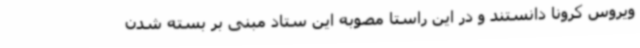
ویروس کرونا دانستند و در این راستا مصوبه این ستاد مبنی بر بسته شدن